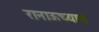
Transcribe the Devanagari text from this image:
रानाऊच्याच